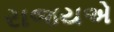
રાજયએ